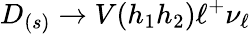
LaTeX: D_{(s)}\to V(h_{1}h_{2})\ell^{+}\nu_{\ell}